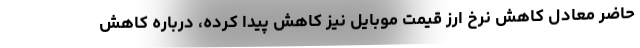
حاضر معادل کاهش نرخ ارز قیمت موبایل نیز کاهش پیدا کرده، درباره کاهش